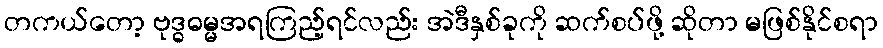
တကယ်တော့ ဗုဒ္ဓဓမ္မအရကြည့်ရင်လည်း အဲဒီနှစ်ခုကို ဆက်စပ်ဖို့ ဆိုတာ မဖြစ်နိုင်စရာ